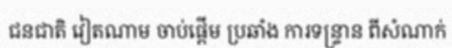
ជនជាតិ វៀតណាម ចាប់ផ្តើម ប្រឆាំង ការទន្ទ្រាន ពីសំណាក់